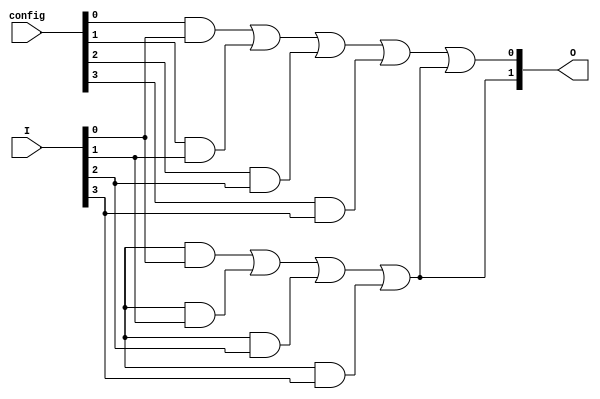
module GAL (
    input wire [3:0] I,       // 4 input lines (I0, I1, I2, I3)
    input wire [3:0] config,  // Configuration input for programmability
    output wire [1:0] O       // 2 output lines (O0, O1)
);

// Internal signals for AND gates
wire [3:0] and_out; // Outputs from AND gates

// AND Plane
// Each AND gate can be programmed using the config signals
assign and_out[0] = (config[0] & I[0]) | (config[1] & I[1]) | (config[2] & I[2]) | (config[3] & I[3]);
assign and_out[1] = (config[4] & I[0]) | (config[5] & I[1]) | (config[6] & I[2]) | (config[7] & I[3]);
assign and_out[2] = (config[8] & I[0]) | (config[9] & I[1]) | (config[10] & I[2]) | (config[11] & I[3]);
assign and_out[3] = (config[12] & I[0]) | (config[13] & I[1]) | (config[14] & I[2]) | (config[15] & I[3]);

// OR Plane
// Combine outputs of AND gates to produce final outputs
assign O[0] = and_out[0] | and_out[1]; // Output O0
assign O[1] = and_out[2] | and_out[3]; // Output O1

endmodule